Lunatic asylums in Bengal annual reports 1912-1924 - 1912-1924
Year: 1912
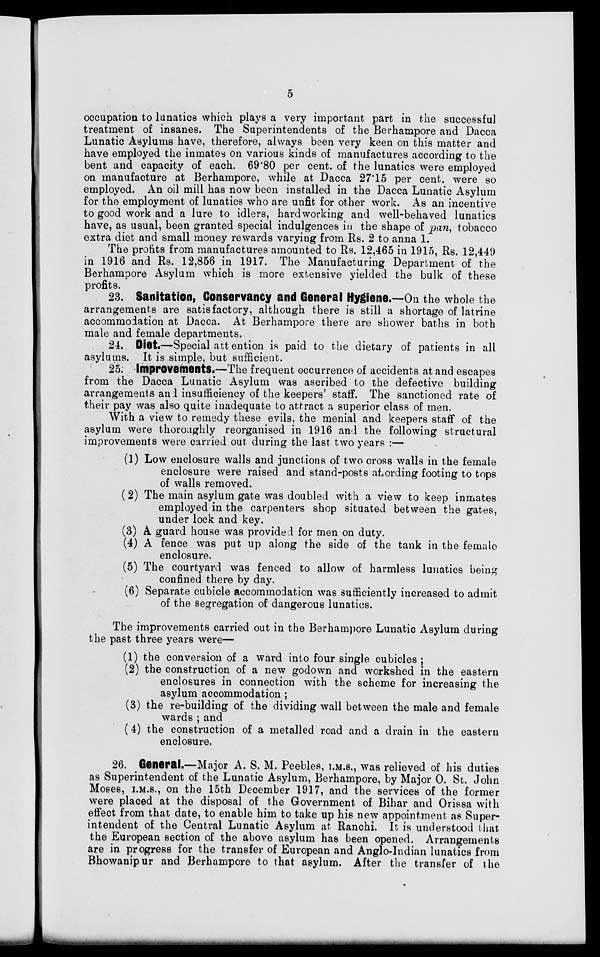
5
occupation to lunatics which plays a very important part in the successful
treatment of insanes. The Superintendents of the Berhampore and Dacca
Lunatic Asylums have, therefore, always been very keen on this matter and
have employed the inmates on various kinds of manufactures according to the
bent and capacity of each. 69.80 per cent. of the lunatics were employed
on manufacture at Berhampore, while at Dacca 27.15 per cent. were so
employed. An oil mill has now been installed in the Dacca Lunatic Asylum
for the employment of lunatics who are unfit for other work. As an incentive
to good work and a lure to idlers, hardworking and well-behaved lunatics
have, as usual, been granted special indulgences in the shape of pan, tobacco
extra diet and small money rewards varying from Rs. 2 to anna 1.
The profits from manufactures amounted to Rs. 12,465 in 1915, Rs. 12,449
in 1916 and Rs. 12,856 in 1917. The Manufacturing Department of the
Berhampore Asylum which is more extensive yielded the bulk of these
profits.
23. Sanitation, Conservancy and General Hygiene.—On the whole the
arrangements are satisfactory, although there is still a shortage of latrine
accommodation at Dacca. At Berhampore there are shower baths in both
male and female departments.
24. Diet.—Special attention is paid to the dietary of patients in all
asylums. It is simple, but sufficient.
25. Improvements.—The frequent occurrence of accidents at and escapes
from the Dacca Lunatic Asylum was ascribed to the defective building
arrangements and insufficiency of the keepers' staff. The sanctioned rate of
their pay was also quite inadequate to attract a superior class of men.
With a view to remedy these evils, the menial and keepers staff of the
asylum were thoroughly reorganised in 1916 and the following structural
improvements were carried out during the last two years :—
(1) Low enclosure walls and junctions of two cross walls in the female
enclosure were raised and stand-posts affording footing to tops
of walls removed.
(2) The main asylum gate was doubled with a view to keep inmates
employed in the carpenters shop situated between the gates,
under lock and key.
(3) A guard house was provided for men on duty.
(4) A fence was put up along the side of the tank in the female
enclosure.
(5) The courtyard was fenced to allow of harmless lunatics being
confined there by day.
(6) Separate cubicle accommodation was sufficiently increased to admit
of the segregation of dangerous lunatics.
The improvements carried out in the Berhampore Lunatic Asylum during
the past three years were—
(1) the conversion of a ward into four single cubicles ;
(2) the construction of a new godown and workshed in the eastern
enclosures in connection with the scheme for increasing the
asylum accommodation ;
(3) the re-building of the dividing wall between the male and female
wards ; and
(4) the construction of a metalled road and a drain in the eastern
enclosure.
26. General.—Major A. S. M. Peebles, I.M.S., was relieved of his duties
as Superintendent of the Lunatic Asylum, Berhampore, by Major O. St. John
Moses, I.M.S., on the 15th December 1917, and the services of the former
were placed at the disposal of the Government of Bihar and Orissa with
effect from that date, to enable him to take up his new appointment as Super-
intendent of the Central Lunatic Asylum at Ranchi. It is understood that
the European section of the above asylum has been opened. Arrangements
are in progress for the transfer of European and Anglo-Indian lunatics from
Bhowanipur and Berhampore to that asylum. After the transfer of the